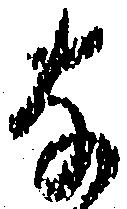
な